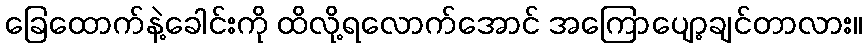
ခြေထောက်နဲ့ခေါင်းကို ထိလို့ရလောက်အောင် အကြောပျော့ချင်တာလား။